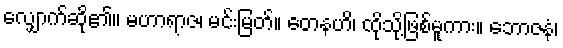
လျှောက်ဆို၏။ မဟာရာဇ၊ မင်းမြတ်။ တေနဟိ၊ ထိုသို့ဖြစ်မူကား။ ဘောဇနံ၊